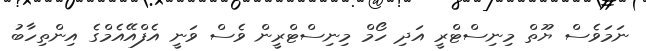
ނަމަވެސް ޔޫތް މިނިސްޓްރީ އަދި ހޯމް މިނިސްޓްރީން ވެސް ވަނީ އެފްއޭއެމްގެ އިންތިހާބު